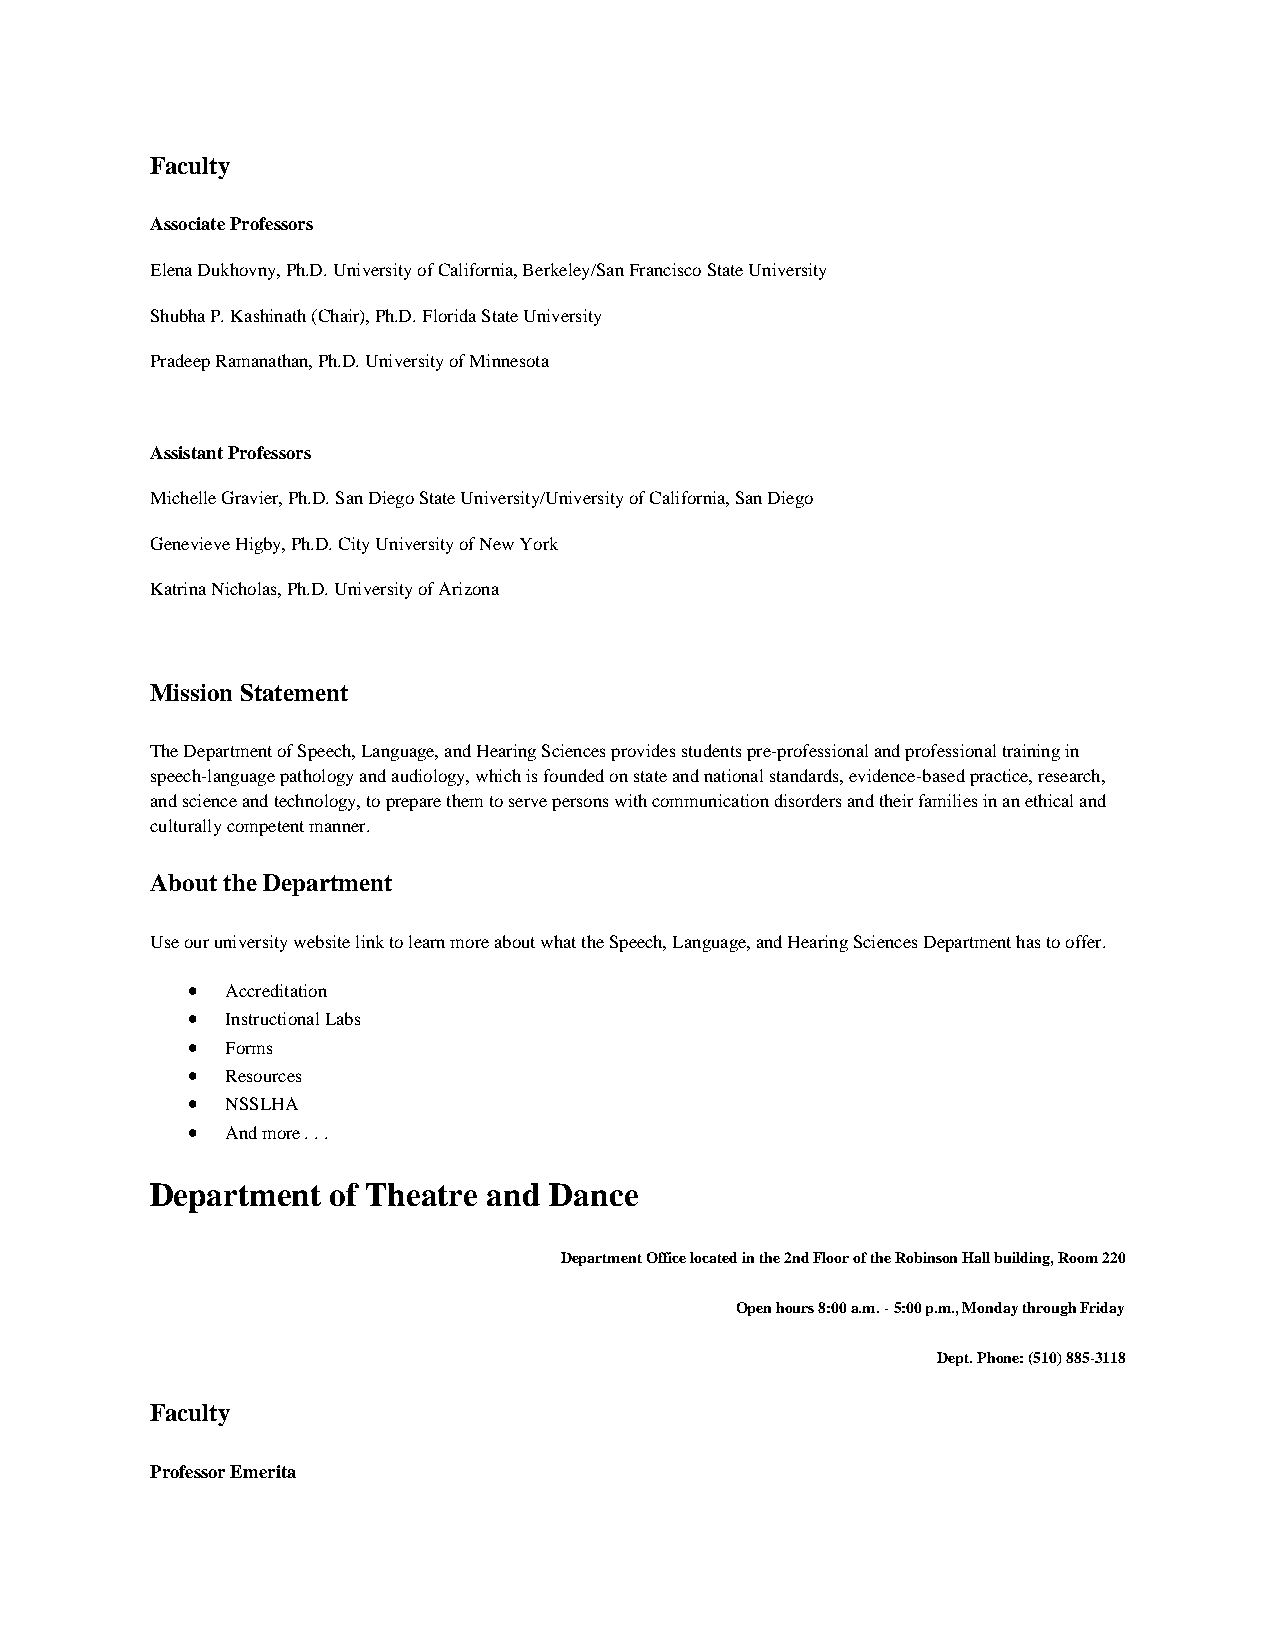
Faculty
 Associate Professors
 Elena Dukhovny, Ph.D. University of California, Berkeley/San Francisco State University
 Shubha P. Kashinath (Chair), Ph.D. Florida State University
 Pradeep Ramanathan, Ph.D. University of Minnesota
 Assistant Professors
 Michelle Gravier, Ph.D. San Diego State University/University of California, San Diego
 Genevieve Higby, Ph.D. City University of New York
 Katrina Nicholas, Ph.D. University of Arizona
 Mission Statement
 The Department of Speech, Language, and Hearing Sciences provides students pre-professional and professional training in
 speech-language pathology and audiology, which is founded on state and national standards, evidence-based practice, research,
 and science and technology, to prepare them to serve persons with communication disorders and their families in an ethical and
 culturally competent manner.
 About the Department
 Use our university website link to learn more about what the Speech, Language, and Hearing Sciences Department has to offer.
 •  Accreditation
 •  Instructional Labs
 •  Forms
 •  Resources
 •  NSSLHA
 •  And more . . .
 Department  of Theatre and Dance
 Department Office located in the 2nd Floor of the Robinson Hall building, Room 220
 Open hours 8:00 a.m. - 5:00 p.m., Monday through Friday
 Dept. Phone: (510) 885-3118
 Faculty
 Professor Emerita